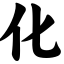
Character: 化